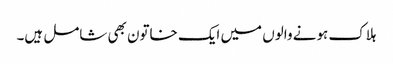
ہلاک ہونے والوں میں ایک خاتون بھی شامل ہیں۔